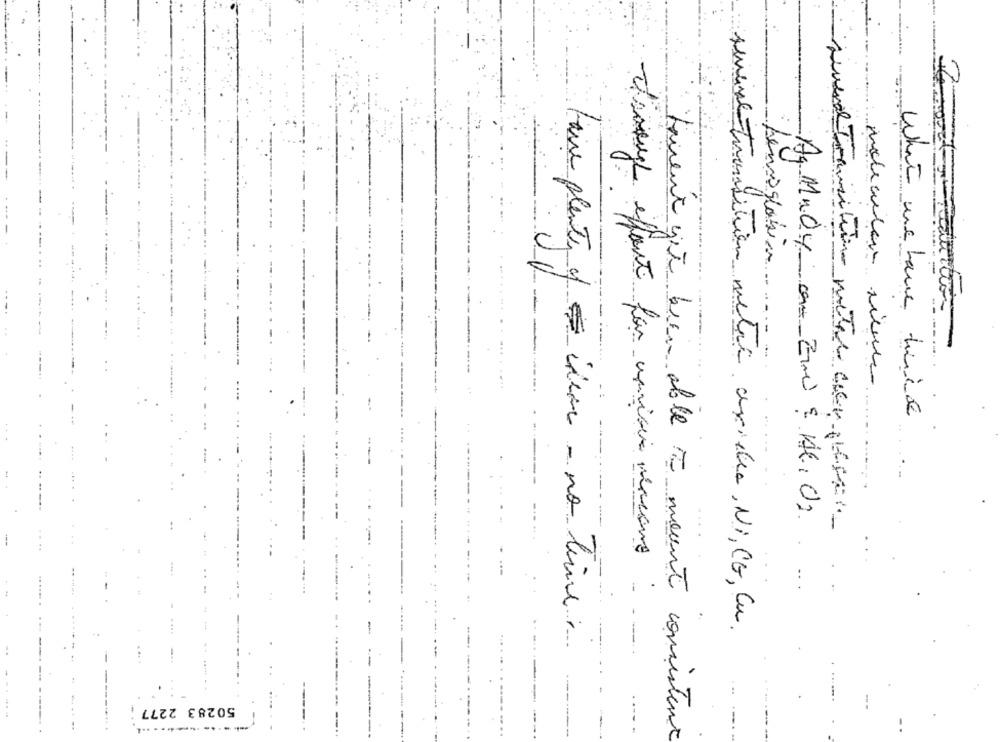
hemoglobina.
molecular rien
What we have time
Ag Mudy com End & Al, O2
suena Tomisitio meter cion gegen-
--
d'image effort for umisir venions :
unive transition metal ariella, Ni, CE, Cu
-
are plenty of ideas - no time:
-
1
...
50283 2277
---------
Queur gie bien able to mount consistent